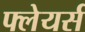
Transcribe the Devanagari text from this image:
फ्लेयर्स